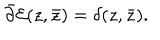
LaTeX: \bar { \partial } { \cal E } ( z , \bar { z } ) = \delta ( z , \bar { z } ) .